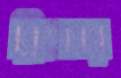
ব্রিংকার